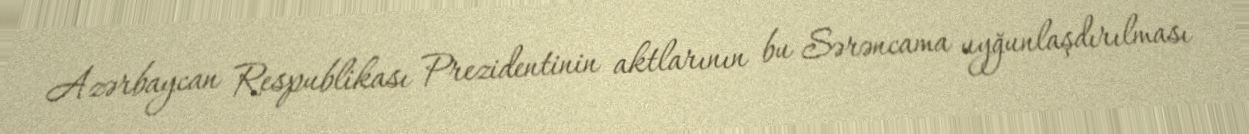
Azərbaycan Respublikası Prezidentinin aktlarının bu Sərəncama uyğunlaşdırılması